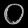
Digit: ၀